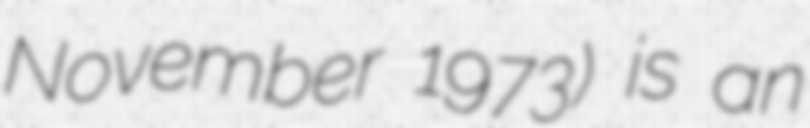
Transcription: November 1973) is an